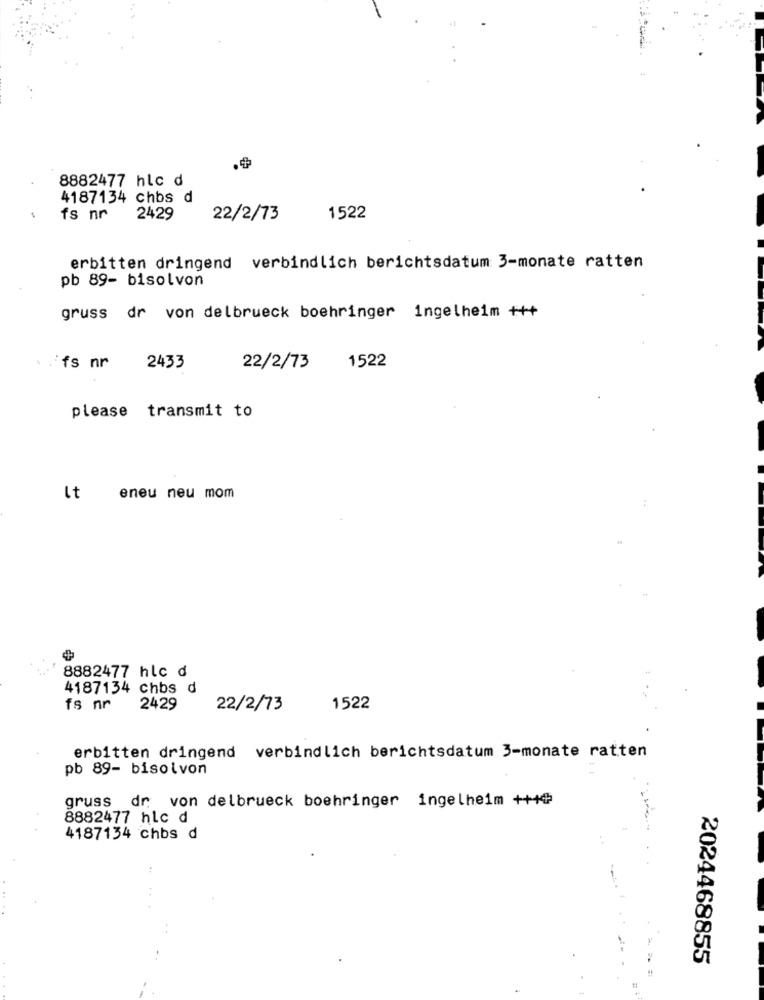
.4
8882477 hlc d
4187134 chbs d
fs nr
2429
22/2/73
1522
erbitten dringend verbindlich berichtsdatum 3-monate ratten
pb 89- bisolvon
gruss dr von delbrueck boehringer ingelheim +++
1522
ifs nr
2433
22/2/73
please transmit to
lt
eneu neu mom
8882477 hlc d
4187134 chbs d
fs nr
2429
22/2/73
1522
erbitten dringend verbindlich berichtsdatum 3-monate ratten
pb 89- bisolvon
gruss dr. von delbrueck boehringer ingelheim ++14
8882477 hlc d
4187134 chbs d
2024468855